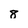
Character: 8